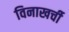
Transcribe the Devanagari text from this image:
विनाखर्ची